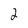
Character: 2